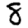
Digit: 8